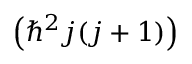
\left( \hbar ^ { 2 } j ( j + 1 ) \right)